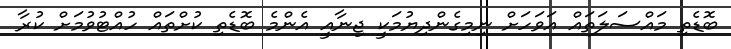
ބޮޑެތި މައްސަލަތައް އަވަހަށް ނިމިގެންދިޔުމަކީ ޖިނާއީ އެންމެ ބޮޑެތި ކުށްތައް ހުއްޓުވުމަށް ކުރާ